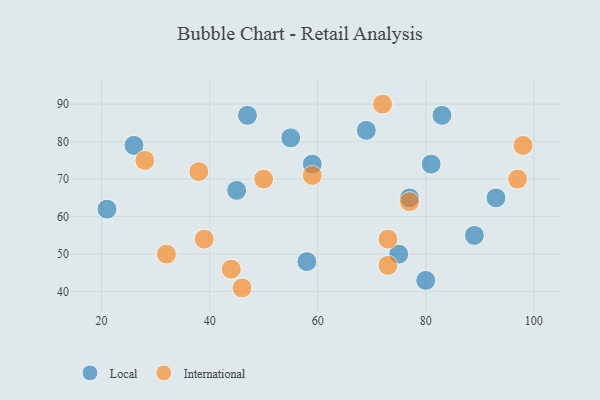
{"axis": {"x": "GDP", "y": "Life Expectancy"}, "legend": ["International", "Local"], "data": [{"x": "80", "y": 43, "type": "Local"}, {"x": "59", "y": 74, "type": "Local"}, {"x": "58", "y": 48, "type": "Local"}, {"x": "45", "y": 67, "type": "Local"}, {"x": "69", "y": 83, "type": "Local"}, {"x": "83", "y": 87, "type": "Local"}, {"x": "47", "y": 87, "type": "Local"}, {"x": "55", "y": 81, "type": "Local"}, {"x": "81", "y": 74, "type": "Local"}, {"x": "26", "y": 79, "type": "Local"}, {"x": "21", "y": 62, "type": "Local"}, {"x": "89", "y": 55, "type": "Local"}, {"x": "93", "y": 65, "type": "Local"}, {"x": "75", "y": 50, "type": "Local"}, {"x": "77", "y": 65, "type": "Local"}, {"x": "39", "y": 54, "type": "International"}, {"x": "28", "y": 75, "type": "International"}, {"x": "72", "y": 90, "type": "International"}, {"x": "73", "y": 54, "type": "International"}, {"x": "98", "y": 79, "type": "International"}, {"x": "50", "y": 70, "type": "International"}, {"x": "38", "y": 72, "type": "International"}, {"x": "97", "y": 70, "type": "International"}, {"x": "77", "y": 64, "type": "International"}, {"x": "44", "y": 46, "type": "International"}, {"x": "73", "y": 47, "type": "International"}, {"x": "59", "y": 71, "type": "International"}, {"x": "32", "y": 50, "type": "International"}, {"x": "46", "y": 41, "type": "International"}]}